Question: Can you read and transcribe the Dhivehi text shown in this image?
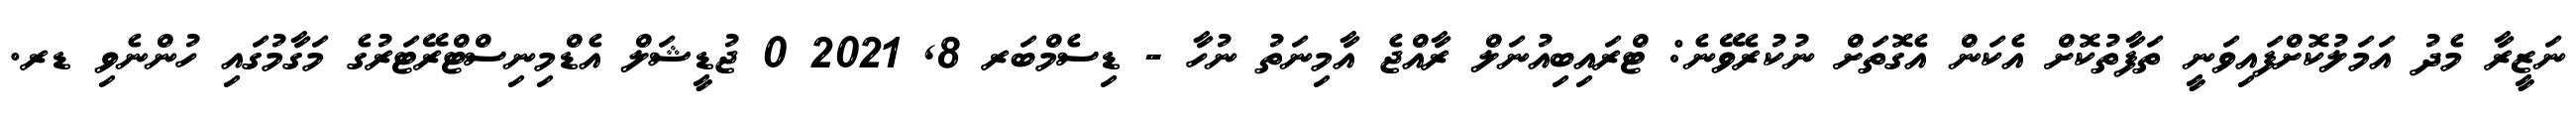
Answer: ނަޒީރާ މެދު އަމަލުކޮށްފައިވަނީ ތަފާތުކޮށް އެކަން އެގޮތަށް ނުކުރެވޭނެ: ޓްރައިބިއުނަލް ރާއްޖެ އާމިނަތު ނުހާ - ޑިސެމްބަރ 8, 2021 0 ޖުޑީޝަލް އެޑްމިނިސްޓްރޭޓަރުގެ މަގާމުގައި ހުންނެވި ޑރ.